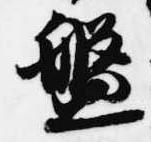
盤